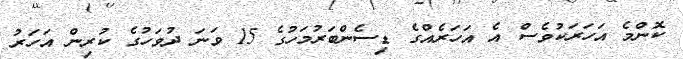
ކޮންމެ އަހަރަކުވެސް އެ އަހަރެއްގެ ޑިސެންބަރުމަހުގެ 15 ވަނަ ދުވަހުގެ ކުރިން އަހަރު